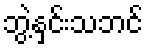
ဘွဲ့နှင်းသဘင်